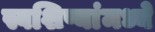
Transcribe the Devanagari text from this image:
स्वशिष्यांमध्ये